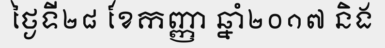
ថ្ងៃទី២៨ ខែកញ្ញា ឆ្នាំ២០១៧ និង